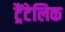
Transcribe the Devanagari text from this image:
ट्रैंटेलिक